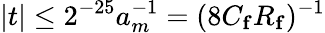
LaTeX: |t|\leq 2^{-25}a_{m}^{-1}=(8C_{\mathbf{f}}R_{\mathbf{f}})^{-1}